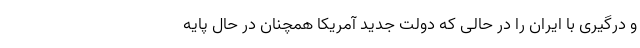
و درگیری با ایران را در حالی که دولت جدید آمریکا همچنان در حال پایه